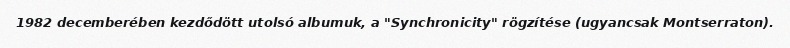
1982 decemberében kezdődött utolsó albumuk, a "Synchronicity" rögzítése (ugyancsak Montserraton).